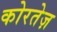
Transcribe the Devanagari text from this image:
कोरतेज़